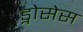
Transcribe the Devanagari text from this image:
ड्नोसेस